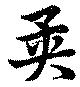
異